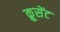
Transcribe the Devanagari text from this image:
क्रूसेंट